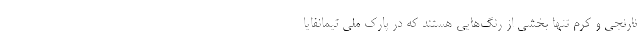
نارنجی و کِرِم تنها بخشی از رنگ‌هایی هستند که در پارک ملی تیمانفایا